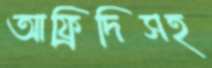
আফ্রিদিসহ